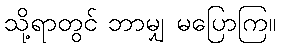
သို့ရာတွင် ဘာမျှ မပြောကြ။